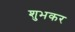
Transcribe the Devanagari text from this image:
शुभकर